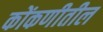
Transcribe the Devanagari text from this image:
कोंकणीतील